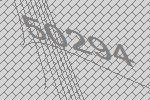
50294